Senior Leaving Certificate Examination (including Day School Certificate (Higher) General paper), 1950
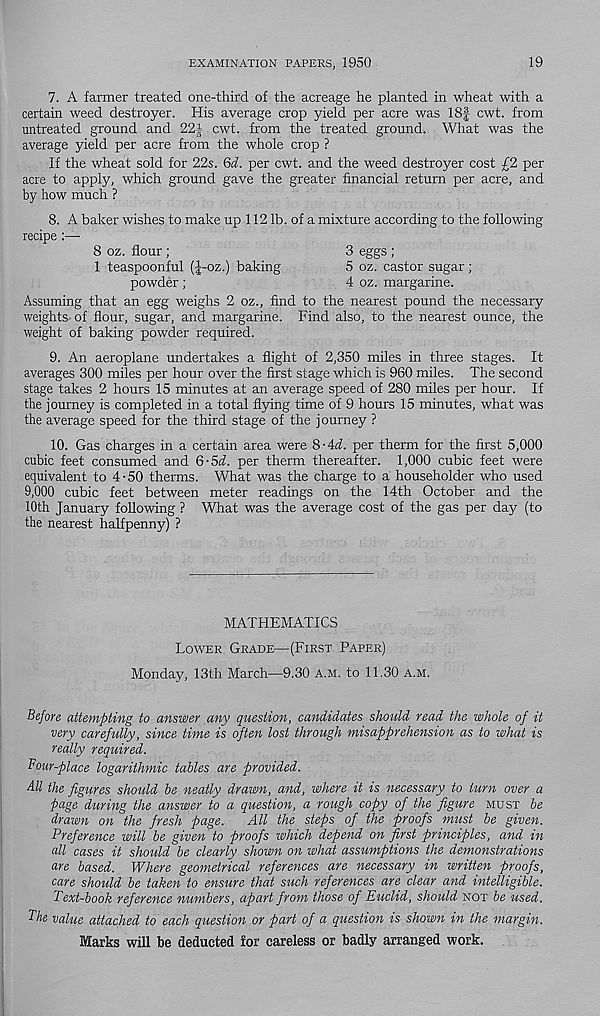
EXAMINATION PAPERS, 1950
19
7. A farmer treated one-third of the acreage he planted in wheat with a
certain weed destroyer. His average crop yield per acre was 18|- cwt. from
untreated ground and 22f cwt. from the treated ground. What was the
average yield per acre from the whole crop ?
If the wheat sold for 22s. Qd. per cwt. and the weed destroyer cost £2 per
acre to apply, which ground gave the greater financial return per acre, and
by how much ?
8. A baker wishes to make up 112 lb. of a mixture according to the following
recipe:—
8 oz. flour ;
3 eggs ;
1 teaspoonful (|-oz.) baking
5 oz. castor sugar;
powder ;
4 oz. margarine.
Assuming that an egg weighs 2 oz., find to the nearest pound the necessary
weights of flour, sugar, and margarine. Find also, to the nearest ounce, the
weight of baking powder required.
9. An aeroplane undertakes a flight of 2,350 miles in three stages. It
averages 300 miles per hour over the first stage which is 960 miles. The second
stage takes 2 hours 15 minutes at an average speed of 280 miles per hour. If
the journey is completed in a total flying time of 9 hours 15 minutes, what was
the average speed for the third stage of the journey ?
10. Gas charges in a certain area were S-Ad. per therm for the first 5,000
cubic feet consumed and 6-5A per therm thereafter. 1,000 cubic feet were
equivalent to 4-50 therms. What was the charge to a householder who used
9,000 cubic feet between meter readings on the 14th October and the
10th January following ? What was the average cost of the gas per day (to
the nearest halfpenny) ?
MATHEMATICS
LOWER GRADE—(FIRST PAPER)
Monday, 13th March—9.30 A.M. to 11.30 A.M.
Before attempting to answer any question, candidates should read the whole of it
very carefully, since time is often lost through misapprehension as to what is
really required.
Four-place logarithmic tables are provided.
All the figures should be neatly drawn, and, where it is necessary to turn over a
page during the answer to a question, a rough copy of the figure MUST be
drawn on the fresh page.
All the steps of the proofs must be given.
Preference will be given to proofs which depend on first principles, and in
all cases it should be clearly shown on what assumptions the demonstrations
are based. Where geometrical references are necessary in written proofs,
care should be taken to ensure that such references are clear and intelligible.
Text-book reference numbers, apart from those of Euclid, should NOT be tised.
The value attached to each question or part of a question is shown in the margin.
Marks will be deducted for careless or badly arranged work.